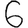
Digit: 6